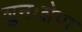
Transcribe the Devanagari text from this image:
शुनःशेपा